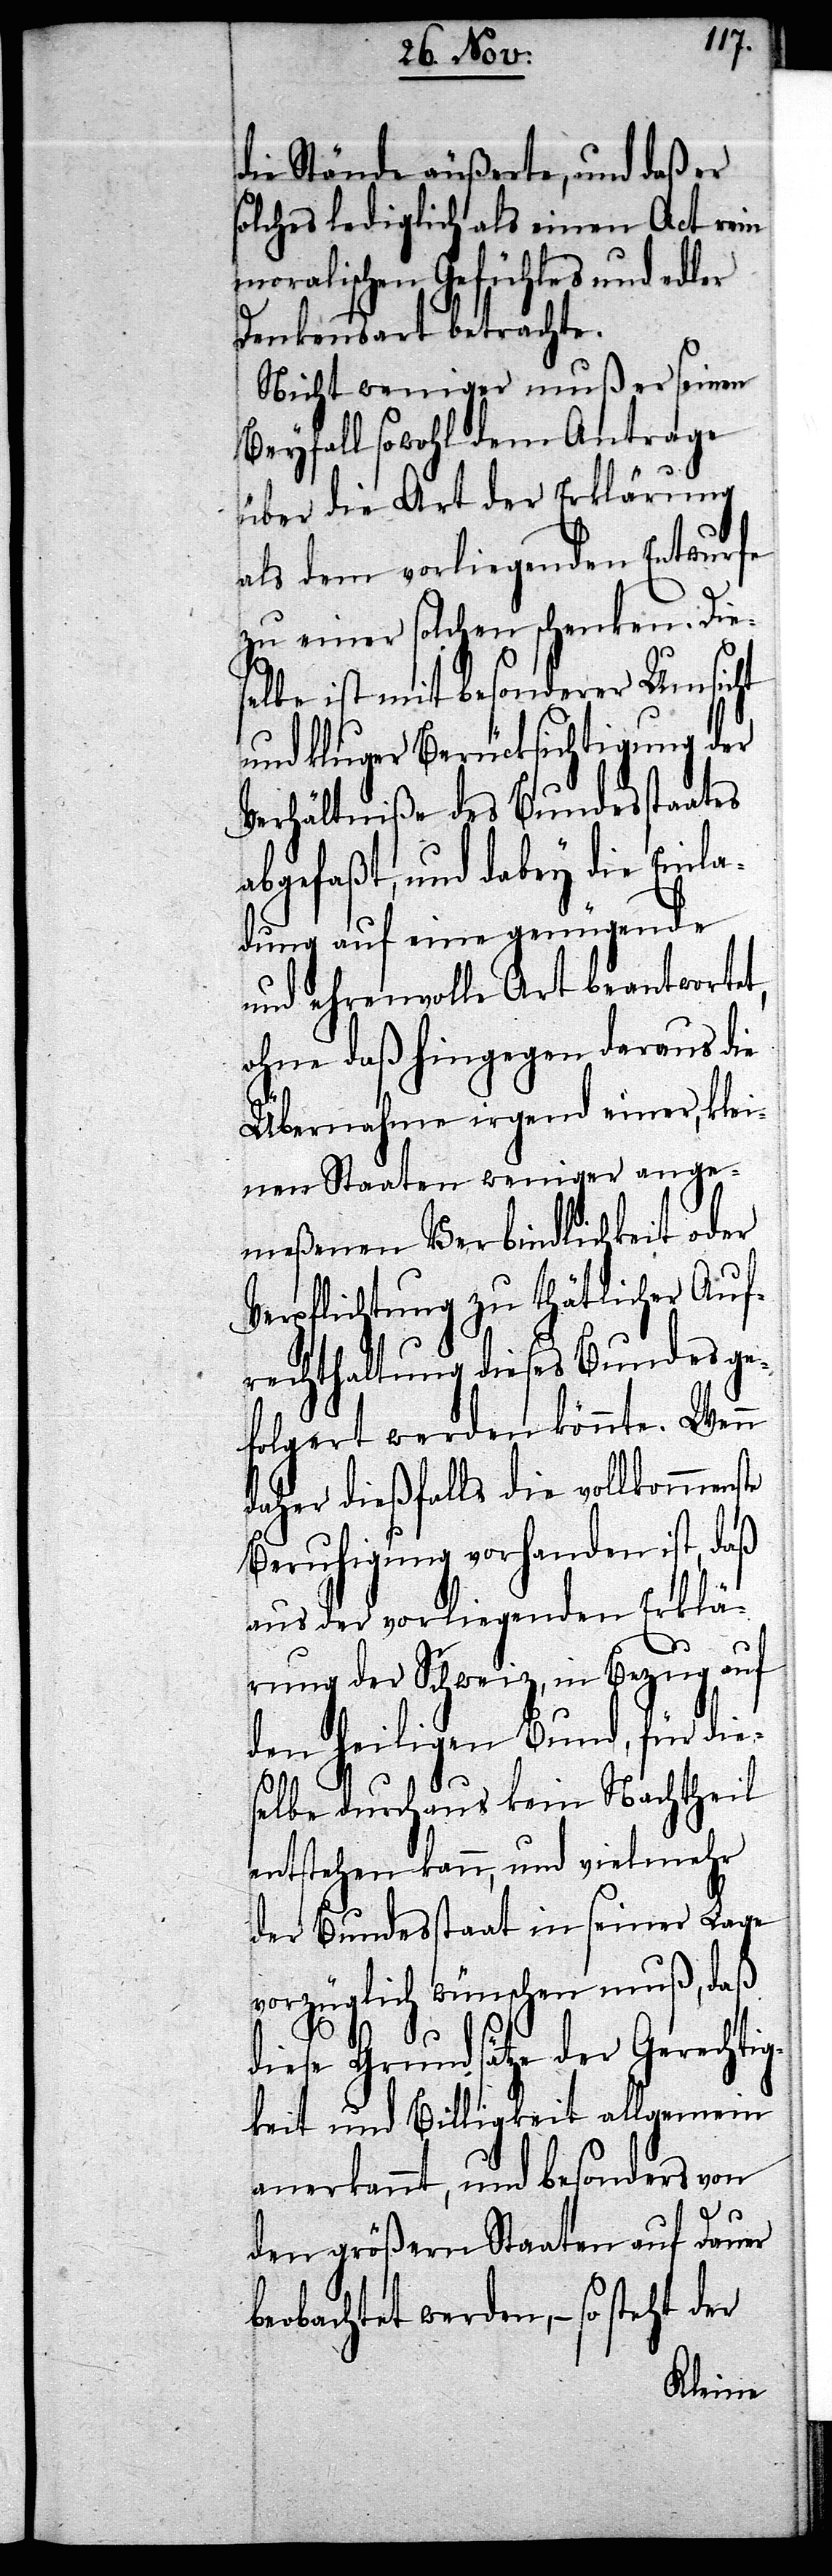
die Stände äußerte, und daß er
solches lediglich als einen Act rein
moralischen Gefühles und aller
Denkensart betrachte.
Nicht weniger muß er seinen
Beyfall sowohl dem Antrage
über die Art der Erklärung
als dem vorliegenden Entwurfe
zu einer solchen schenken. Dies¬
elbe ist mit besonderer Umsicht
und kluger Berücksichtigung der
Verhältniße des Bundesstaates
abgefaßt, und dabey die Einla¬
dung auf eine genügende
und ehrenvolle Art beantwortet,
ohne daß hingegen daraus die
Übernahme irgend einer, klei¬
nen Staaten weniger ange¬
meßene Verbindlichkeit oder
Verpflichtung zu thätlicher Auf¬
rechthaltung dieses Bundes ge¬
folgert werden könnte. Wenn
daher dießfalls die vollkommenste
Beruhigung vorhanden ist, daß
aus der vorliegenden Erklä¬
rung der Schweiz, in Bezug auf
den heiligen Bund, für die¬
selbe durchaus kein Nachtheil
entstehen kann, und vielmehr
der Bundesstaat in seiner Lage
vorzüglich wünschen muß, daß
diese Grundsätze der Gerechtig¬
keit und Billigkeit allgemein
anerkannt, und besonders von
den größern Staaten auf Dauer
beobachtet werden, – so steht